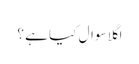
اگلا سوال کیا ہے ؟